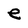
Character: e